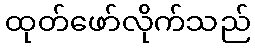
ထုတ်ဖော်လိုက်သည်